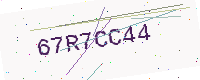
Text: 67R7CC44